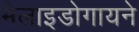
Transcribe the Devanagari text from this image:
मेलाइडोगायने